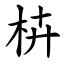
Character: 枿